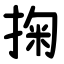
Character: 掬